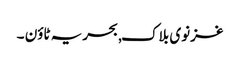
غزنوی بلاک, بحریہ ٹاؤن ۔